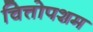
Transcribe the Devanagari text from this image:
चित्तोपशम